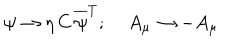
\psi \rightarrow \eta \, C \, \overline { { { \psi } } } ^ { T } ; \; A _ { \mu } \rightarrow - A _ { \mu }